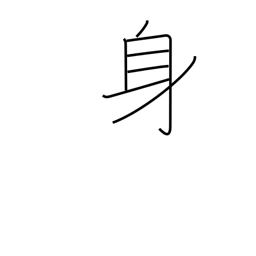
Meaning: somebody